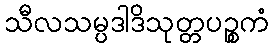
သီလသမ္ပဒါဒိသုတ္တပဉ္စကံ